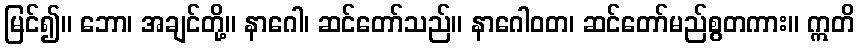
မြင်၍။ ဘော၊ အချင်တို့။ နာဂေါ၊ ဆင်တော်သည်။ နာဂေါဝတ၊ ဆင်တော်မည်စွတကား။ ဣတိ